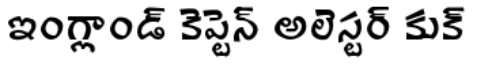
ఇంగ్లాండ్ కెప్టెన్ అలెస్టర్ కుక్